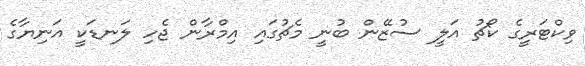
ވިކްޓަރީގެ ކޯޗު އަލީ ސުޒޭން ބުނީ މެޗުގައި އިމްރާން ޖެހި ލަނޑަކީ އަނިޔާގެ